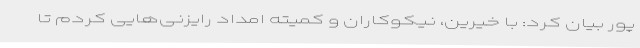
پور بیان کرد: با خیرین، نیکوکاران و کمیته امداد رایزنی‌هایی کردم تا